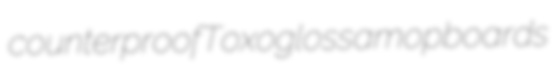
counterproof Toxoglossa mopboards